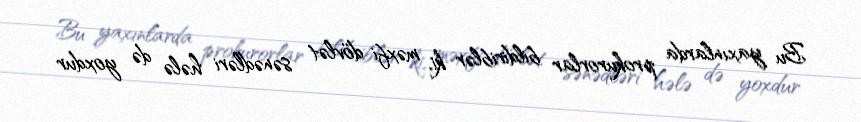
Bu yaxınlarda prokurorlar bildiriblər ki, məxfi dövlət sənədləri hələ də yoxdur